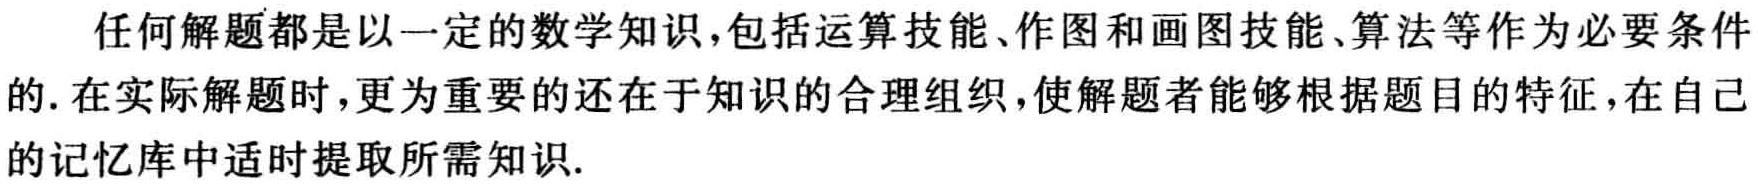
任何解题都是以一定的数学知识,包括运算技能、作图和画图技能、算法等作为必要条件的. 在实际解题时,更为重要的还在于知识的合理组织,使解题者能够根据题目的特征,在自己的记忆库中适时提取所需知识.